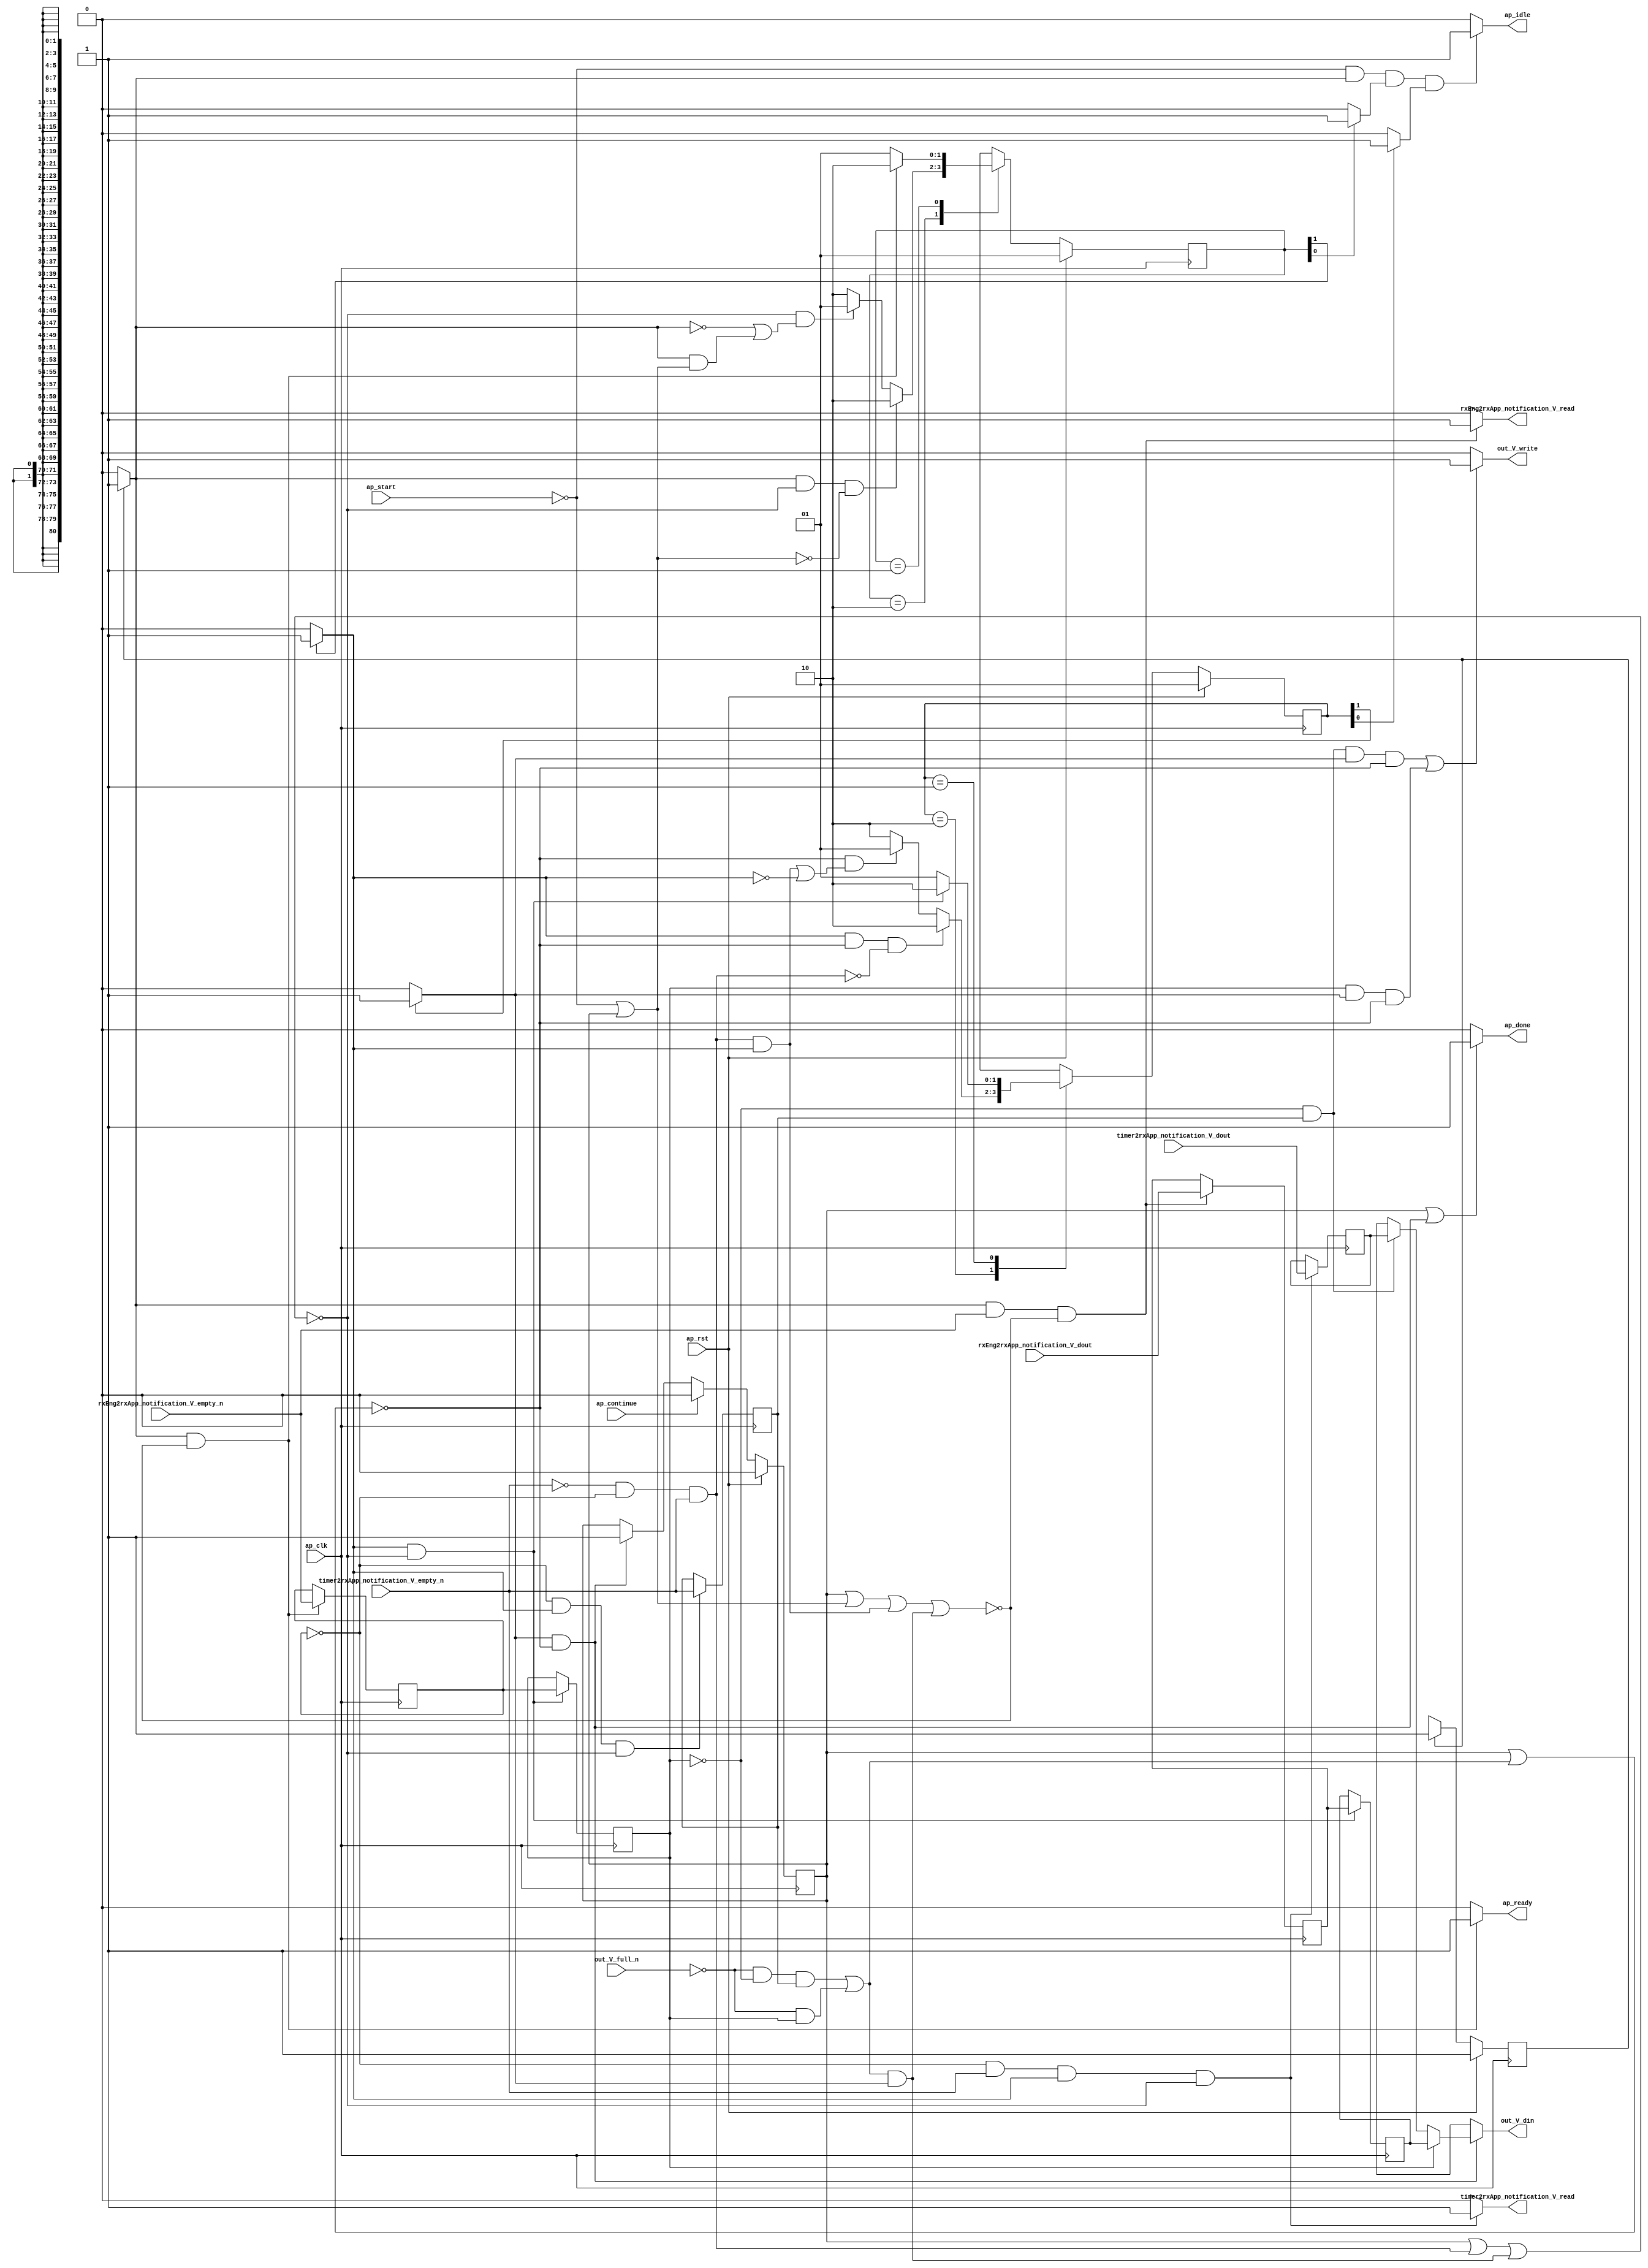
// This program was cloned from: https://github.com/mustafabbas/ECE1373_2016_hft_on_fpga
// License: MIT License

// ==============================================================
// RTL generated by Vivado(TM) HLS - High-Level Synthesis from C, C++ and SystemC
// Version: 2015.1
// Copyright (C) 2015 Xilinx Inc. All rights reserved.
// 
// ===========================================================

`timescale 1 ns / 1 ps 

module toe_mergeFunction_appNotification_s (
        ap_clk,
        ap_rst,
        ap_start,
        ap_done,
        ap_continue,
        ap_idle,
        ap_ready,
        rxEng2rxApp_notification_V_dout,
        rxEng2rxApp_notification_V_empty_n,
        rxEng2rxApp_notification_V_read,
        timer2rxApp_notification_V_dout,
        timer2rxApp_notification_V_empty_n,
        timer2rxApp_notification_V_read,
        out_V_din,
        out_V_full_n,
        out_V_write
);

parameter    ap_const_logic_1 = 1'b1;
parameter    ap_const_logic_0 = 1'b0;
parameter    ap_ST_st1_fsm0_0 = 1'b1;
parameter    ap_ST_st2_fsm1_1 = 2'b10;
parameter    ap_ST_st3_fsm2_1 = 2'b10;
parameter    ap_ST_st0_fsm1_0 = 2'b1;
parameter    ap_ST_st0_fsm2_0 = 2'b1;
parameter    ap_const_lv32_0 = 32'b00000000000000000000000000000000;
parameter    ap_const_lv1_1 = 1'b1;
parameter    ap_const_lv1_0 = 1'b0;
parameter    ap_const_lv32_1 = 32'b1;
parameter    ap_true = 1'b1;

input   ap_clk;
input   ap_rst;
input   ap_start;
output   ap_done;
input   ap_continue;
output   ap_idle;
output   ap_ready;
input  [80:0] rxEng2rxApp_notification_V_dout;
input   rxEng2rxApp_notification_V_empty_n;
output   rxEng2rxApp_notification_V_read;
input  [80:0] timer2rxApp_notification_V_dout;
input   timer2rxApp_notification_V_empty_n;
output   timer2rxApp_notification_V_read;
output  [80:0] out_V_din;
input   out_V_full_n;
output   out_V_write;

reg ap_done;
reg ap_idle;
reg ap_ready;
reg rxEng2rxApp_notification_V_read;
reg timer2rxApp_notification_V_read;
reg[80:0] out_V_din;
reg out_V_write;
reg    ap_done_reg = 1'b0;
(* fsm_encoding = "none" *) reg   [0:0] ap_CS_fsm0 = 1'b1;
reg    ap_sig_cseq_ST_st1_fsm0_0;
reg    ap_sig_bdd_26;
(* fsm_encoding = "none" *) reg   [1:0] ap_CS_fsm1 = 2'b1;
reg    ap_sig_cseq_ST_st0_fsm1_0;
reg    ap_sig_bdd_37;
(* fsm_encoding = "none" *) reg   [1:0] ap_CS_fsm2 = 2'b1;
reg    ap_sig_cseq_ST_st0_fsm2_0;
reg    ap_sig_bdd_45;
wire   [0:0] tmp91_nbreadreq_fu_92_p3;
reg    ap_sig_bdd_63;
reg   [0:0] tmp91_reg_128;
wire   [0:0] tmp_nbreadreq_fu_106_p3;
reg    ap_sig_bdd_77;
reg    ap_sig_cseq_ST_st2_fsm1_1;
reg    ap_sig_bdd_83;
reg   [0:0] ap_reg_ppstg_tmp91_reg_128_pp0_it1;
reg   [0:0] tmp_reg_137;
reg    ap_sig_bdd_102;
reg    ap_sig_cseq_ST_st3_fsm2_1;
reg    ap_sig_bdd_107;
reg   [80:0] tmp1_reg_132;
reg   [80:0] ap_reg_ppstg_tmp1_reg_132_pp0_it1;
reg   [80:0] tmp_2_reg_141;
reg   [0:0] ap_NS_fsm0;
reg   [1:0] ap_NS_fsm1;
reg   [1:0] ap_NS_fsm2;
reg    ap_sig_bdd_98;
reg    ap_sig_bdd_139;




/// the current state (ap_CS_fsm0) of the state machine. ///
always @ (posedge ap_clk)
begin : ap_ret_ap_CS_fsm0
    if (ap_rst == 1'b1) begin
        ap_CS_fsm0 <= ap_ST_st1_fsm0_0;
    end else begin
        ap_CS_fsm0 <= ap_NS_fsm0;
    end
end

/// the current state (ap_CS_fsm1) of the state machine. ///
always @ (posedge ap_clk)
begin : ap_ret_ap_CS_fsm1
    if (ap_rst == 1'b1) begin
        ap_CS_fsm1 <= ap_ST_st0_fsm1_0;
    end else begin
        ap_CS_fsm1 <= ap_NS_fsm1;
    end
end

/// the current state (ap_CS_fsm2) of the state machine. ///
always @ (posedge ap_clk)
begin : ap_ret_ap_CS_fsm2
    if (ap_rst == 1'b1) begin
        ap_CS_fsm2 <= ap_ST_st0_fsm2_0;
    end else begin
        ap_CS_fsm2 <= ap_NS_fsm2;
    end
end

/// ap_done_reg assign process. ///
always @ (posedge ap_clk)
begin : ap_ret_ap_done_reg
    if (ap_rst == 1'b1) begin
        ap_done_reg <= ap_const_logic_0;
    end else begin
        if ((ap_const_logic_1 == ap_continue)) begin
            ap_done_reg <= ap_const_logic_0;
        end else if (((ap_const_logic_1 == ap_sig_cseq_ST_st3_fsm2_1) & ~((ap_done_reg == ap_const_logic_1) | ap_sig_bdd_102))) begin
            ap_done_reg <= ap_const_logic_1;
        end
    end
end

/// assign process. ///
always @(posedge ap_clk)
begin
    if (((ap_const_logic_1 == ap_sig_cseq_ST_st2_fsm1_1) & ~((ap_done_reg == ap_const_logic_1) | ap_sig_bdd_77 | (ap_sig_bdd_102 & (ap_const_logic_1 == ap_sig_cseq_ST_st3_fsm2_1))))) begin
        ap_reg_ppstg_tmp1_reg_132_pp0_it1 <= tmp1_reg_132;
        ap_reg_ppstg_tmp91_reg_128_pp0_it1 <= tmp91_reg_128;
    end
end

/// assign process. ///
always @(posedge ap_clk)
begin
    if (((ap_const_logic_1 == ap_sig_cseq_ST_st1_fsm0_0) & ~(tmp91_nbreadreq_fu_92_p3 == ap_const_lv1_0) & ~((ap_done_reg == ap_const_logic_1) | ap_sig_bdd_63 | (ap_sig_bdd_77 & (ap_const_logic_1 == ap_sig_cseq_ST_st2_fsm1_1)) | (ap_sig_bdd_102 & (ap_const_logic_1 == ap_sig_cseq_ST_st3_fsm2_1))))) begin
        tmp1_reg_132 <= rxEng2rxApp_notification_V_dout;
    end
end

/// assign process. ///
always @(posedge ap_clk)
begin
    if (((ap_const_logic_1 == ap_sig_cseq_ST_st1_fsm0_0) & ~((ap_done_reg == ap_const_logic_1) | ap_sig_bdd_63 | (ap_sig_bdd_77 & (ap_const_logic_1 == ap_sig_cseq_ST_st2_fsm1_1)) | (ap_sig_bdd_102 & (ap_const_logic_1 == ap_sig_cseq_ST_st3_fsm2_1))))) begin
        tmp91_reg_128 <= tmp91_nbreadreq_fu_92_p3;
    end
end

/// assign process. ///
always @(posedge ap_clk)
begin
    if (((ap_const_lv1_0 == tmp91_reg_128) & ~(ap_const_lv1_0 == tmp_nbreadreq_fu_106_p3) & (ap_const_logic_1 == ap_sig_cseq_ST_st2_fsm1_1) & ~((ap_done_reg == ap_const_logic_1) | ap_sig_bdd_77 | (ap_sig_bdd_102 & (ap_const_logic_1 == ap_sig_cseq_ST_st3_fsm2_1))))) begin
        tmp_2_reg_141 <= timer2rxApp_notification_V_dout;
    end
end

/// assign process. ///
always @(posedge ap_clk)
begin
    if (((ap_const_lv1_0 == tmp91_reg_128) & (ap_const_logic_1 == ap_sig_cseq_ST_st2_fsm1_1) & ~((ap_done_reg == ap_const_logic_1) | ap_sig_bdd_77 | (ap_sig_bdd_102 & (ap_const_logic_1 == ap_sig_cseq_ST_st3_fsm2_1))))) begin
        tmp_reg_137 <= tmp_nbreadreq_fu_106_p3;
    end
end

/// ap_done assign process. ///
always @ (ap_done_reg or ap_sig_bdd_102 or ap_sig_cseq_ST_st3_fsm2_1)
begin
    if (((ap_const_logic_1 == ap_done_reg) | ((ap_const_logic_1 == ap_sig_cseq_ST_st3_fsm2_1) & ~((ap_done_reg == ap_const_logic_1) | ap_sig_bdd_102)))) begin
        ap_done = ap_const_logic_1;
    end else begin
        ap_done = ap_const_logic_0;
    end
end

/// ap_idle assign process. ///
always @ (ap_start or ap_sig_cseq_ST_st1_fsm0_0 or ap_sig_cseq_ST_st0_fsm1_0 or ap_sig_cseq_ST_st0_fsm2_0)
begin
    if ((~(ap_const_logic_1 == ap_start) & (ap_const_logic_1 == ap_sig_cseq_ST_st1_fsm0_0) & (ap_const_logic_1 == ap_sig_cseq_ST_st0_fsm1_0) & (ap_const_logic_1 == ap_sig_cseq_ST_st0_fsm2_0))) begin
        ap_idle = ap_const_logic_1;
    end else begin
        ap_idle = ap_const_logic_0;
    end
end

/// ap_ready assign process. ///
always @ (ap_done_reg or ap_sig_cseq_ST_st1_fsm0_0 or ap_sig_bdd_63 or ap_sig_bdd_77 or ap_sig_cseq_ST_st2_fsm1_1 or ap_sig_bdd_102 or ap_sig_cseq_ST_st3_fsm2_1)
begin
    if (((ap_const_logic_1 == ap_sig_cseq_ST_st1_fsm0_0) & ~((ap_done_reg == ap_const_logic_1) | ap_sig_bdd_63 | (ap_sig_bdd_77 & (ap_const_logic_1 == ap_sig_cseq_ST_st2_fsm1_1)) | (ap_sig_bdd_102 & (ap_const_logic_1 == ap_sig_cseq_ST_st3_fsm2_1))))) begin
        ap_ready = ap_const_logic_1;
    end else begin
        ap_ready = ap_const_logic_0;
    end
end

/// ap_sig_cseq_ST_st0_fsm1_0 assign process. ///
always @ (ap_sig_bdd_37)
begin
    if (ap_sig_bdd_37) begin
        ap_sig_cseq_ST_st0_fsm1_0 = ap_const_logic_1;
    end else begin
        ap_sig_cseq_ST_st0_fsm1_0 = ap_const_logic_0;
    end
end

/// ap_sig_cseq_ST_st0_fsm2_0 assign process. ///
always @ (ap_sig_bdd_45)
begin
    if (ap_sig_bdd_45) begin
        ap_sig_cseq_ST_st0_fsm2_0 = ap_const_logic_1;
    end else begin
        ap_sig_cseq_ST_st0_fsm2_0 = ap_const_logic_0;
    end
end

/// ap_sig_cseq_ST_st1_fsm0_0 assign process. ///
always @ (ap_sig_bdd_26)
begin
    if (ap_sig_bdd_26) begin
        ap_sig_cseq_ST_st1_fsm0_0 = ap_const_logic_1;
    end else begin
        ap_sig_cseq_ST_st1_fsm0_0 = ap_const_logic_0;
    end
end

/// ap_sig_cseq_ST_st2_fsm1_1 assign process. ///
always @ (ap_sig_bdd_83)
begin
    if (ap_sig_bdd_83) begin
        ap_sig_cseq_ST_st2_fsm1_1 = ap_const_logic_1;
    end else begin
        ap_sig_cseq_ST_st2_fsm1_1 = ap_const_logic_0;
    end
end

/// ap_sig_cseq_ST_st3_fsm2_1 assign process. ///
always @ (ap_sig_bdd_107)
begin
    if (ap_sig_bdd_107) begin
        ap_sig_cseq_ST_st3_fsm2_1 = ap_const_logic_1;
    end else begin
        ap_sig_cseq_ST_st3_fsm2_1 = ap_const_logic_0;
    end
end

/// out_V_din assign process. ///
always @ (ap_reg_ppstg_tmp91_reg_128_pp0_it1 or ap_reg_ppstg_tmp1_reg_132_pp0_it1 or tmp_2_reg_141 or ap_sig_bdd_98 or ap_sig_bdd_139)
begin
    if (ap_sig_bdd_139) begin
        if (~(ap_const_lv1_0 == ap_reg_ppstg_tmp91_reg_128_pp0_it1)) begin
            out_V_din = ap_reg_ppstg_tmp1_reg_132_pp0_it1;
        end else if (ap_sig_bdd_98) begin
            out_V_din = tmp_2_reg_141;
        end else begin
            out_V_din = 'bx;
        end
    end else begin
        out_V_din = 'bx;
    end
end

/// out_V_write assign process. ///
always @ (ap_done_reg or ap_reg_ppstg_tmp91_reg_128_pp0_it1 or tmp_reg_137 or ap_sig_bdd_102 or ap_sig_cseq_ST_st3_fsm2_1)
begin
    if ((((ap_const_lv1_0 == ap_reg_ppstg_tmp91_reg_128_pp0_it1) & ~(ap_const_lv1_0 == tmp_reg_137) & (ap_const_logic_1 == ap_sig_cseq_ST_st3_fsm2_1) & ~((ap_done_reg == ap_const_logic_1) | ap_sig_bdd_102)) | (~(ap_const_lv1_0 == ap_reg_ppstg_tmp91_reg_128_pp0_it1) & (ap_const_logic_1 == ap_sig_cseq_ST_st3_fsm2_1) & ~((ap_done_reg == ap_const_logic_1) | ap_sig_bdd_102)))) begin
        out_V_write = ap_const_logic_1;
    end else begin
        out_V_write = ap_const_logic_0;
    end
end

/// rxEng2rxApp_notification_V_read assign process. ///
always @ (ap_done_reg or ap_sig_cseq_ST_st1_fsm0_0 or tmp91_nbreadreq_fu_92_p3 or ap_sig_bdd_63 or ap_sig_bdd_77 or ap_sig_cseq_ST_st2_fsm1_1 or ap_sig_bdd_102 or ap_sig_cseq_ST_st3_fsm2_1)
begin
    if (((ap_const_logic_1 == ap_sig_cseq_ST_st1_fsm0_0) & ~(tmp91_nbreadreq_fu_92_p3 == ap_const_lv1_0) & ~((ap_done_reg == ap_const_logic_1) | ap_sig_bdd_63 | (ap_sig_bdd_77 & (ap_const_logic_1 == ap_sig_cseq_ST_st2_fsm1_1)) | (ap_sig_bdd_102 & (ap_const_logic_1 == ap_sig_cseq_ST_st3_fsm2_1))))) begin
        rxEng2rxApp_notification_V_read = ap_const_logic_1;
    end else begin
        rxEng2rxApp_notification_V_read = ap_const_logic_0;
    end
end

/// timer2rxApp_notification_V_read assign process. ///
always @ (ap_done_reg or tmp91_reg_128 or tmp_nbreadreq_fu_106_p3 or ap_sig_bdd_77 or ap_sig_cseq_ST_st2_fsm1_1 or ap_sig_bdd_102 or ap_sig_cseq_ST_st3_fsm2_1)
begin
    if (((ap_const_lv1_0 == tmp91_reg_128) & ~(ap_const_lv1_0 == tmp_nbreadreq_fu_106_p3) & (ap_const_logic_1 == ap_sig_cseq_ST_st2_fsm1_1) & ~((ap_done_reg == ap_const_logic_1) | ap_sig_bdd_77 | (ap_sig_bdd_102 & (ap_const_logic_1 == ap_sig_cseq_ST_st3_fsm2_1))))) begin
        timer2rxApp_notification_V_read = ap_const_logic_1;
    end else begin
        timer2rxApp_notification_V_read = ap_const_logic_0;
    end
end
/// the next state (ap_NS_fsm1) of the state machine. ///
always @ (ap_done_reg or ap_sig_cseq_ST_st1_fsm0_0 or ap_CS_fsm1 or ap_sig_bdd_63 or ap_sig_bdd_77 or ap_sig_cseq_ST_st2_fsm1_1 or ap_sig_bdd_102 or ap_sig_cseq_ST_st3_fsm2_1)
begin
    case (ap_CS_fsm1)
        ap_ST_st2_fsm1_1 : 
        begin
            if (((ap_const_logic_1 == ap_sig_cseq_ST_st1_fsm0_0) & ~((ap_done_reg == ap_const_logic_1) | ap_sig_bdd_77 | (ap_sig_bdd_102 & (ap_const_logic_1 == ap_sig_cseq_ST_st3_fsm2_1))) & ~ap_sig_bdd_63)) begin
                ap_NS_fsm1 = ap_ST_st2_fsm1_1;
            end else if ((~((ap_done_reg == ap_const_logic_1) | ap_sig_bdd_77 | (ap_sig_bdd_102 & (ap_const_logic_1 == ap_sig_cseq_ST_st3_fsm2_1))) & (~(ap_const_logic_1 == ap_sig_cseq_ST_st1_fsm0_0) | ((ap_const_logic_1 == ap_sig_cseq_ST_st1_fsm0_0) & ap_sig_bdd_63)))) begin
                ap_NS_fsm1 = ap_ST_st0_fsm1_0;
            end else begin
                ap_NS_fsm1 = ap_ST_st2_fsm1_1;
            end
        end
        ap_ST_st0_fsm1_0 : 
        begin
            if (((ap_const_logic_1 == ap_sig_cseq_ST_st1_fsm0_0) & ~((ap_done_reg == ap_const_logic_1) | ap_sig_bdd_63 | (ap_sig_bdd_77 & (ap_const_logic_1 == ap_sig_cseq_ST_st2_fsm1_1)) | (ap_sig_bdd_102 & (ap_const_logic_1 == ap_sig_cseq_ST_st3_fsm2_1))))) begin
                ap_NS_fsm1 = ap_ST_st2_fsm1_1;
            end else begin
                ap_NS_fsm1 = ap_ST_st0_fsm1_0;
            end
        end
        default : 
        begin
            ap_NS_fsm1 = 'bx;
        end
    endcase
end

/// the next state (ap_NS_fsm2) of the state machine. ///
always @ (ap_done_reg or ap_CS_fsm2 or ap_sig_bdd_77 or ap_sig_cseq_ST_st2_fsm1_1 or ap_sig_bdd_102 or ap_sig_cseq_ST_st3_fsm2_1)
begin
    case (ap_CS_fsm2)
        ap_ST_st3_fsm2_1 : 
        begin
            if (((ap_const_logic_1 == ap_sig_cseq_ST_st2_fsm1_1) & ~((ap_done_reg == ap_const_logic_1) | ap_sig_bdd_102) & ~ap_sig_bdd_77)) begin
                ap_NS_fsm2 = ap_ST_st3_fsm2_1;
            end else if ((~((ap_done_reg == ap_const_logic_1) | ap_sig_bdd_102) & ((ap_sig_bdd_77 & (ap_const_logic_1 == ap_sig_cseq_ST_st2_fsm1_1)) | ~(ap_const_logic_1 == ap_sig_cseq_ST_st2_fsm1_1)))) begin
                ap_NS_fsm2 = ap_ST_st0_fsm2_0;
            end else begin
                ap_NS_fsm2 = ap_ST_st3_fsm2_1;
            end
        end
        ap_ST_st0_fsm2_0 : 
        begin
            if (((ap_const_logic_1 == ap_sig_cseq_ST_st2_fsm1_1) & ~((ap_done_reg == ap_const_logic_1) | ap_sig_bdd_77 | (ap_sig_bdd_102 & (ap_const_logic_1 == ap_sig_cseq_ST_st3_fsm2_1))))) begin
                ap_NS_fsm2 = ap_ST_st3_fsm2_1;
            end else begin
                ap_NS_fsm2 = ap_ST_st0_fsm2_0;
            end
        end
        default : 
        begin
            ap_NS_fsm2 = 'bx;
        end
    endcase
end

/// the next state (ap_NS_fsm0) of the state machine. ///
always @ (ap_done_reg or ap_CS_fsm0 or ap_sig_bdd_63 or ap_sig_bdd_77 or ap_sig_cseq_ST_st2_fsm1_1 or ap_sig_bdd_102 or ap_sig_cseq_ST_st3_fsm2_1)
begin
    case (ap_CS_fsm0)
        ap_ST_st1_fsm0_0 : 
        begin
            ap_NS_fsm0 = ap_ST_st1_fsm0_0;
        end
        default : 
        begin
            ap_NS_fsm0 = 'bx;
        end
    endcase
end


/// ap_sig_bdd_102 assign process. ///
always @ (out_V_full_n or ap_reg_ppstg_tmp91_reg_128_pp0_it1 or tmp_reg_137)
begin
    ap_sig_bdd_102 = (((out_V_full_n == ap_const_logic_0) & (ap_const_lv1_0 == ap_reg_ppstg_tmp91_reg_128_pp0_it1) & ~(ap_const_lv1_0 == tmp_reg_137)) | ((out_V_full_n == ap_const_logic_0) & ~(ap_const_lv1_0 == ap_reg_ppstg_tmp91_reg_128_pp0_it1)));
end

/// ap_sig_bdd_107 assign process. ///
always @ (ap_CS_fsm2)
begin
    ap_sig_bdd_107 = (ap_const_lv1_1 == ap_CS_fsm2[ap_const_lv32_1]);
end

/// ap_sig_bdd_139 assign process. ///
always @ (ap_done_reg or ap_sig_bdd_102 or ap_sig_cseq_ST_st3_fsm2_1)
begin
    ap_sig_bdd_139 = ((ap_const_logic_1 == ap_sig_cseq_ST_st3_fsm2_1) & ~((ap_done_reg == ap_const_logic_1) | ap_sig_bdd_102));
end

/// ap_sig_bdd_26 assign process. ///
always @ (ap_CS_fsm0)
begin
    ap_sig_bdd_26 = (ap_CS_fsm0[ap_const_lv32_0] == ap_const_lv1_1);
end

/// ap_sig_bdd_37 assign process. ///
always @ (ap_CS_fsm1)
begin
    ap_sig_bdd_37 = (ap_const_lv1_1 == ap_CS_fsm1[ap_const_lv32_0]);
end

/// ap_sig_bdd_45 assign process. ///
always @ (ap_CS_fsm2)
begin
    ap_sig_bdd_45 = (ap_const_lv1_1 == ap_CS_fsm2[ap_const_lv32_0]);
end

/// ap_sig_bdd_63 assign process. ///
always @ (ap_start or ap_done_reg or rxEng2rxApp_notification_V_empty_n or tmp91_nbreadreq_fu_92_p3)
begin
    ap_sig_bdd_63 = (((rxEng2rxApp_notification_V_empty_n == ap_const_logic_0) & ~(tmp91_nbreadreq_fu_92_p3 == ap_const_lv1_0)) | (ap_start == ap_const_logic_0) | (ap_done_reg == ap_const_logic_1));
end

/// ap_sig_bdd_77 assign process. ///
always @ (timer2rxApp_notification_V_empty_n or tmp91_reg_128 or tmp_nbreadreq_fu_106_p3)
begin
    ap_sig_bdd_77 = ((timer2rxApp_notification_V_empty_n == ap_const_logic_0) & (ap_const_lv1_0 == tmp91_reg_128) & ~(ap_const_lv1_0 == tmp_nbreadreq_fu_106_p3));
end

/// ap_sig_bdd_83 assign process. ///
always @ (ap_CS_fsm1)
begin
    ap_sig_bdd_83 = (ap_const_lv1_1 == ap_CS_fsm1[ap_const_lv32_1]);
end

/// ap_sig_bdd_98 assign process. ///
always @ (ap_reg_ppstg_tmp91_reg_128_pp0_it1 or tmp_reg_137)
begin
    ap_sig_bdd_98 = ((ap_const_lv1_0 == ap_reg_ppstg_tmp91_reg_128_pp0_it1) & ~(ap_const_lv1_0 == tmp_reg_137));
end
assign tmp91_nbreadreq_fu_92_p3 = rxEng2rxApp_notification_V_empty_n;
assign tmp_nbreadreq_fu_106_p3 = timer2rxApp_notification_V_empty_n;


endmodule //toe_mergeFunction_appNotification_s